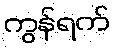
ကွန်ရက်